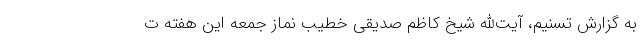
به گزارش تسنیم، آیت‌الله شیخ کاظم صدیقی خطیب نماز جمعه این هفته ت